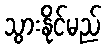
သွားနိုင်မည်